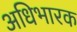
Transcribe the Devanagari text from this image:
अधिभारक